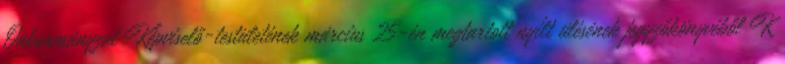
Önkormányzat Képviselő-testületének március 25-én megtartott nyílt ülésének jegyzőkönyvéből K